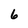
Character: 6